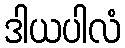
ဒါယပါလံ